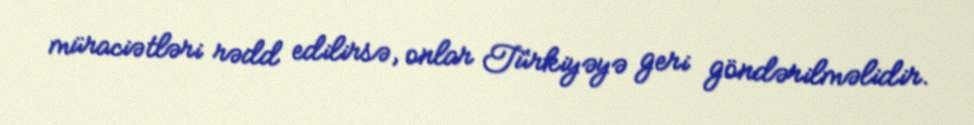
müraciətləri rədd edilirsə, onlar Türkiyəyə geri göndərilməlidir.